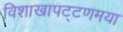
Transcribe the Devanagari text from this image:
विशाखापट्टणमया